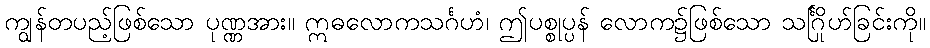
ကျွန်တပည့်ဖြစ်သော ပုဏ္ဏအား။ ဣဓလောကသင်္ဂဟံ၊ ဤပစ္စုပ္ပန် လောက၌ဖြစ်သော သင်္ဂြိုဟ်ခြင်းကို။